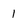
Character: 1